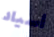
أسياد